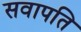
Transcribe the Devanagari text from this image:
सवापति